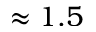
\approx 1 . 5